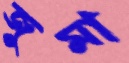
জুমা